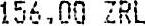
156.00 ZRL